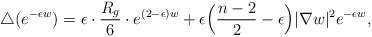
\begin{align*}\triangle (e^{-\epsilon w})=\epsilon\cdot\frac{R_g}{6}\cdot e^{(2-\epsilon)w}+\epsilon\Big(\frac{n-2}{2}-\epsilon\Big)|\nabla w|^2e^{-\epsilon w},\end{align*}